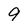
Character: 9